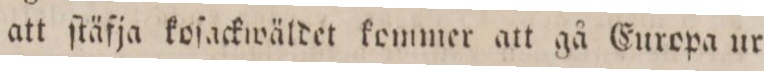
att ſtäfja koſackwäldet kommer att gå Europa ur